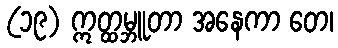
(၁၉) ဣတ္ထမ္ဘူတာ အနေကာ တေ၊